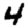
Digit: 4